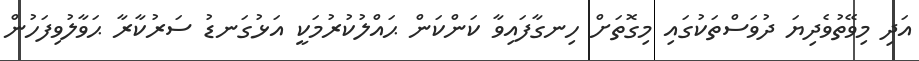
އަދި މިވޭތުވެދިޔަ ދުވަސްތަކުގައި މިގޮތަށް ހިނގާފައިވާ ކަންކަން ޙައްލުކުރުމަކީ އަޅުގަނޑު ސަރުކާރާ ޙަވާލުވިފަހުން